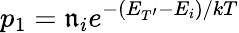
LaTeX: p_{1}=\mathfrak{n}_{i}e^{-(E_{T^{\prime}}-E_{i})/kT}